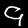
Digit: 9